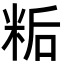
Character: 𬖙